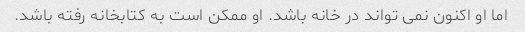
اما او اکنون نمی تواند در خانه باشد. او ممکن است به کتابخانه رفته باشد.